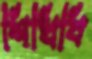
শিখিবি